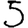
Digit: 5